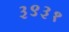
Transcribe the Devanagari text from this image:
३९३१